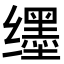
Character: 𬙊